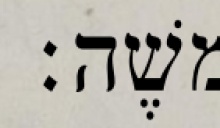
משֶׁה׃